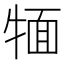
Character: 𤚛